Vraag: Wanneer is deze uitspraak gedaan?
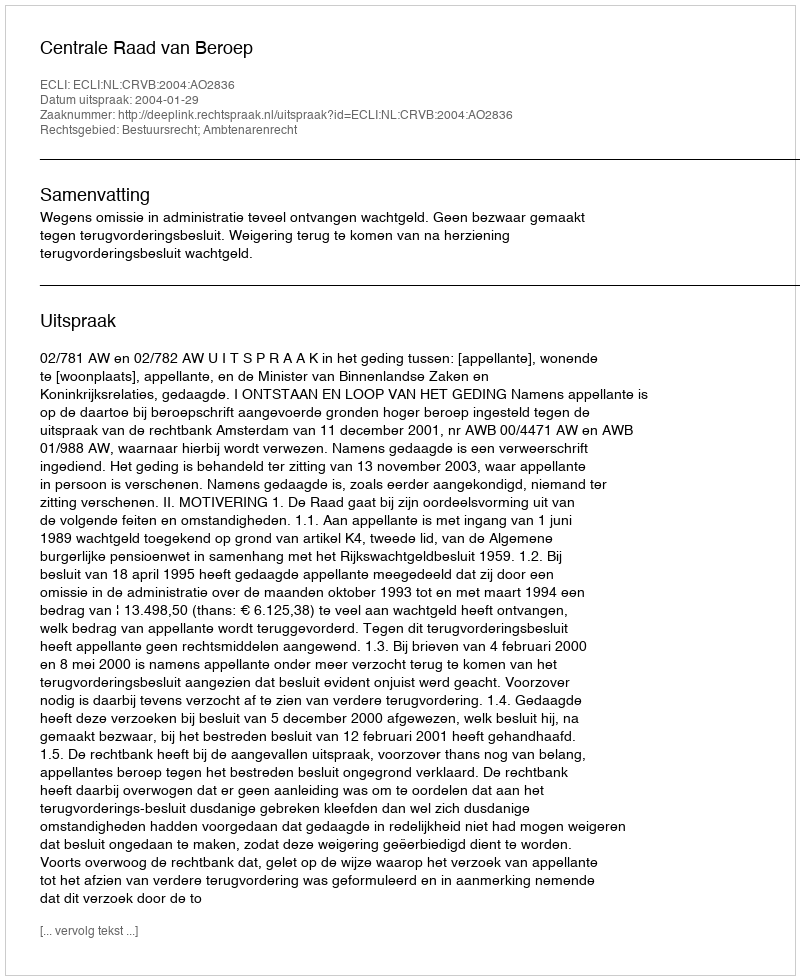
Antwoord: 2004-01-29